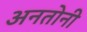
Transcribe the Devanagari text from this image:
अनतोनी